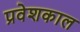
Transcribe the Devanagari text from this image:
प्रवेशकाल